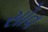
સોવ